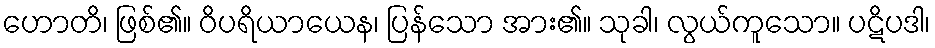
ဟောတိ၊ ဖြစ်၏။ ဝိပရိယာယေန၊ ပြန်သော အား၏။ သုခါ၊ လွယ်ကူသော။ ပဋိပဒါ၊